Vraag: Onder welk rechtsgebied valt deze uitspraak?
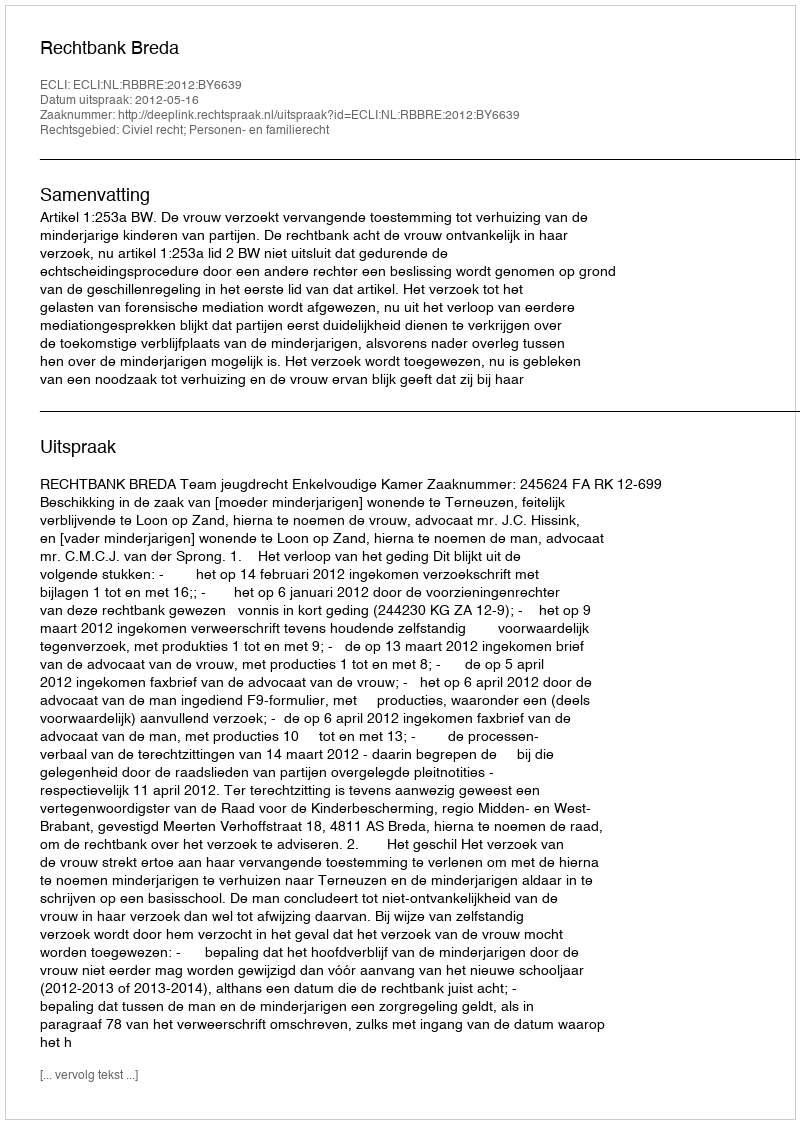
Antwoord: Civiel recht; Personen- en familierecht